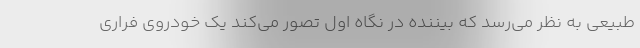
طبیعی به نظر می‌رسد که بیننده در نگاه اول تصور می‌کند یک خودروی فراری